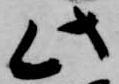
此